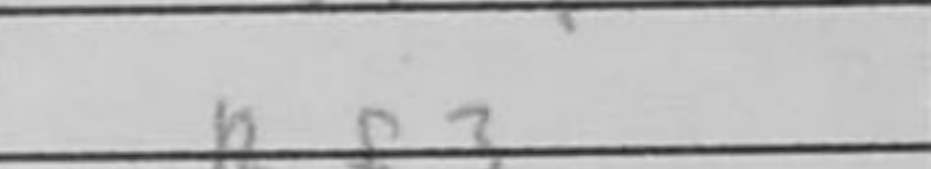
Transcription: Rf3